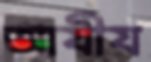
আযীয